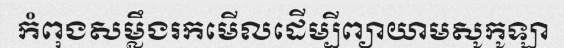
កំពុងសម្លឹងរកមើលដើម្បីព្យាយាមសូកូឡា